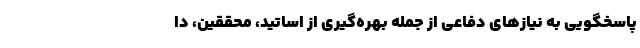
پاسخگویی به نیازهای دفاعی از جمله بهره‌گیری از اساتید، محققین، دا